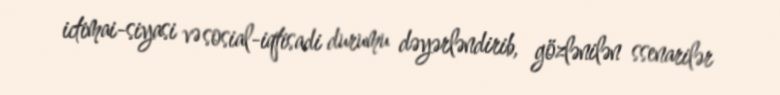
ictimai-siyasi və sosial-iqtisadi durumu dəyərləndirib, gözlənilən ssenarilər